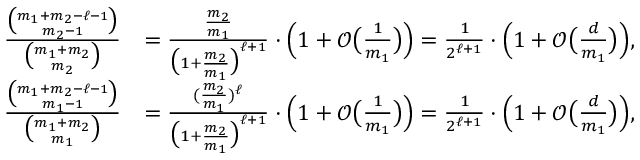
\begin{array} { r l } { \frac { \binom { m _ { 1 } + m _ { 2 } - \ell - 1 } { m _ { 2 } - 1 } } { \binom { m _ { 1 } + m _ { 2 } } { m _ { 2 } } } } & { = \frac { \frac { m _ { 2 } } { m _ { 1 } } } { \big ( 1 + \frac { m _ { 2 } } { m _ { 1 } } \big ) ^ { \ell + 1 } } \cdot \Big ( 1 + \mathcal { O } \big ( \textstyle { \frac { 1 } { m _ { 1 } } } \big ) \Big ) = \frac { 1 } { 2 ^ { \ell + 1 } } \cdot \Big ( 1 + \mathcal { O } \big ( \textstyle { \frac { d } { m _ { 1 } } } \big ) \Big ) , } \\ { \frac { \binom { m _ { 1 } + m _ { 2 } - \ell - 1 } { m _ { 1 } - 1 } } { \binom { m _ { 1 } + m _ { 2 } } { m _ { 1 } } } } & { = \frac { ( \frac { m _ { 2 } } { m _ { 1 } } ) ^ { \ell } } { \big ( 1 + \frac { m _ { 2 } } { m _ { 1 } } \big ) ^ { \ell + 1 } } \cdot \Big ( 1 + \mathcal { O } \big ( \textstyle { \frac { 1 } { m _ { 1 } } } \big ) \Big ) = \frac { 1 } { 2 ^ { \ell + 1 } } \cdot \Big ( 1 + \mathcal { O } \big ( \textstyle { \frac { d } { m _ { 1 } } } \big ) \Big ) , } \end{array}